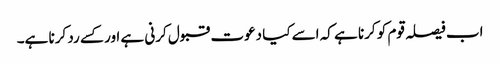
اب فیصلہ قوم کو کرنا ہے کہ اسے کیا دعوت قبول کرنی ہے اور کسے رد کرنا ہے۔